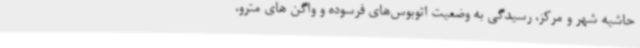
حاشیه شهر و مرکز، رسیدگی به وضعیت اتوبوس‌های فرسوده و واگن های مترو،